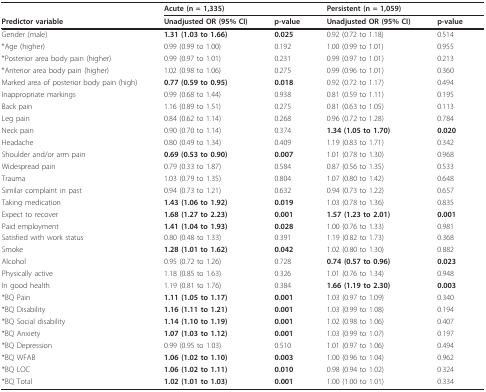
<table><thead><tr><td></td><td colspan="2"><b>Acute (n = 1,335)</b></td><td colspan="2"><b>Persistent (n = 1,059)</b></td></tr><tr><td><b>Predictor variable</b></td><td><b>Unadjusted OR (95% CI)</b></td><td><b>p-value</b></td><td><b>Unadjusted OR (95% CI)</b></td><td><b>p-value</b></td></tr></thead><tbody><tr><td>Gender (male)</td><td><b>1.31 (1.03 to 1.66)</b></td><td><b>0.025</b></td><td>0.92 (0.72 to 1.18)</td><td>0.514</td></tr><tr><td>*Age (higher)</td><td>0.99 (0.99 to 1.00)</td><td>0.192</td><td>1.00 (0.99 to 1.01)</td><td>0.955</td></tr><tr><td>*Posterior area body pain (higher)</td><td>0.99 (0.97 to 1.01)</td><td>0.231</td><td>0.99 (0.97 to 1.01)</td><td>0.213</td></tr><tr><td>*Anterior area body pain (higher)</td><td>1.02 (0.98 to 1.06)</td><td>0.275</td><td>0.99 (0.96 to 1.01)</td><td>0.360</td></tr><tr><td>Marked area of posterior body pain (high)</td><td><b>0.77 (0.59 to 0.95)</b></td><td><b>0.018</b></td><td>0.92 (0.72 to 1.17)</td><td>0.494</td></tr><tr><td>Inappropriate markings</td><td>0.99 (0.68 to 1.44)</td><td>0.938</td><td>0.81 (0.59 to 1.11)</td><td>0.195</td></tr><tr><td>Back pain</td><td>1.16 (0.89 to 1.51)</td><td>0.275</td><td>0.81 (0.63 to 1.05)</td><td>0.113</td></tr><tr><td>Leg pain</td><td>0.84 (0.62 to 1.14)</td><td>0.268</td><td>0.96 (0.72 to 1.28)</td><td>0.784</td></tr><tr><td>Neck pain</td><td>0.90 (0.70 to 1.14)</td><td>0.374</td><td><b>1.34 (1.05 to 1.70)</b></td><td><b>0.020</b></td></tr><tr><td>Headache</td><td>0.80 (0.49 to 1.34)</td><td>0.409</td><td>1.19 (0.83 to 1.71)</td><td>0.342</td></tr><tr><td>Shoulder and/or arm pain</td><td><b>0.69 (0.53 to 0.90)</b></td><td><b>0.007</b></td><td>1.01 (0.78 to 1.30)</td><td>0.968</td></tr><tr><td>Widespread pain</td><td>0.79 (0.33 to 1.87)</td><td>0.584</td><td>0.87 (0.56 to 1.35)</td><td>0.533</td></tr><tr><td>Trauma</td><td>1.03 (0.79 to 1.35)</td><td>0.804</td><td>1.07 (0.80 to 1.42)</td><td>0.648</td></tr><tr><td>Similar complaint in past</td><td>0.94 (0.73 to 1.21)</td><td>0.632</td><td>0.94 (0.73 to 1.22)</td><td>0.657</td></tr><tr><td>Taking medication</td><td><b>1.43 (1.06 to 1.92)</b></td><td><b>0.019</b></td><td>1.03 (0.78 to 1.36)</td><td>0.835</td></tr><tr><td>Expect to recover</td><td><b>1.68 (1.27 to 2.23)</b></td><td><b>0.001</b></td><td><b>1.57 (1.23 to 2.01)</b></td><td><b>0.001</b></td></tr><tr><td>Paid employment</td><td><b>1.41 (1.04 to 1.93)</b></td><td><b>0.028</b></td><td>1.00 (0.76 to 1.33)</td><td>0.981</td></tr><tr><td>Satisfied with work status</td><td>0.80 (0.48 to 1.33)</td><td>0.391</td><td>1.19 (0.82 to 1.73)</td><td>0.368</td></tr><tr><td>Smoke</td><td><b>1.28 (1.01 to 1.62)</b></td><td><b>0.042</b></td><td>1.02 (0.80 to 1.30)</td><td>0.882</td></tr><tr><td>Alcohol</td><td>0.95 (0.72 to 1.26)</td><td>0.728</td><td><b>0.74 (0.57 to 0.96)</b></td><td><b>0.023</b></td></tr><tr><td>Physically active</td><td>1.18 (0.85 to 1.63)</td><td>0.326</td><td>1.01 (0.76 to 1.34)</td><td>0.948</td></tr><tr><td>In good health</td><td>1.19 (0.81 to 1.76)</td><td>0.384</td><td><b>1.66 (1.19 to 2.30)</b></td><td><b>0.003</b></td></tr><tr><td>*BQ Pain</td><td><b>1.11 (1.05 to 1.17)</b></td><td><b>0.001</b></td><td>1.03 (0.97 to 1.09)</td><td>0.340</td></tr><tr><td>*BQ Disability</td><td><b>1.16 (1.11 to 1.21)</b></td><td><b>0.001</b></td><td>1.03 (0.99 to 1.08)</td><td>0.194</td></tr><tr><td>*BQ Social disability</td><td><b>1.14 (1.10 to 1.19)</b></td><td><b>0.001</b></td><td>1.02 (0.98 to 1.06)</td><td>0.407</td></tr><tr><td>*BQ Anxiety</td><td><b>1.07 (1.03 to 1.12)</b></td><td><b>0.001</b></td><td>1.03 (0.99 to 1.07)</td><td>0.197</td></tr><tr><td>*BQ Depression</td><td>0.99 (0.95 to 1.03)</td><td>0.510</td><td>1.01 (0.97 to 1.06)</td><td>0.494</td></tr><tr><td>*BQ WFAB</td><td><b>1.06 (1.02 to 1.10)</b></td><td><b>0.003</b></td><td>1.00 (0.96 to 1.04)</td><td>0.962</td></tr><tr><td>*BQ LOC</td><td><b>1.06 (1.02 to 1.11)</b></td><td><b>0.010</b></td><td>0.98 (0.94 to 1.02)</td><td>0.324</td></tr><tr><td>*BQ Total</td><td><b>1.02 (1.01 to 1.03)</b></td><td><b>0.001</b></td><td>1.00 (1.00 to 1.01)</td><td>0.334</td></tr></tbody></table>